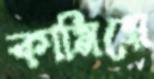
কামিয়ে